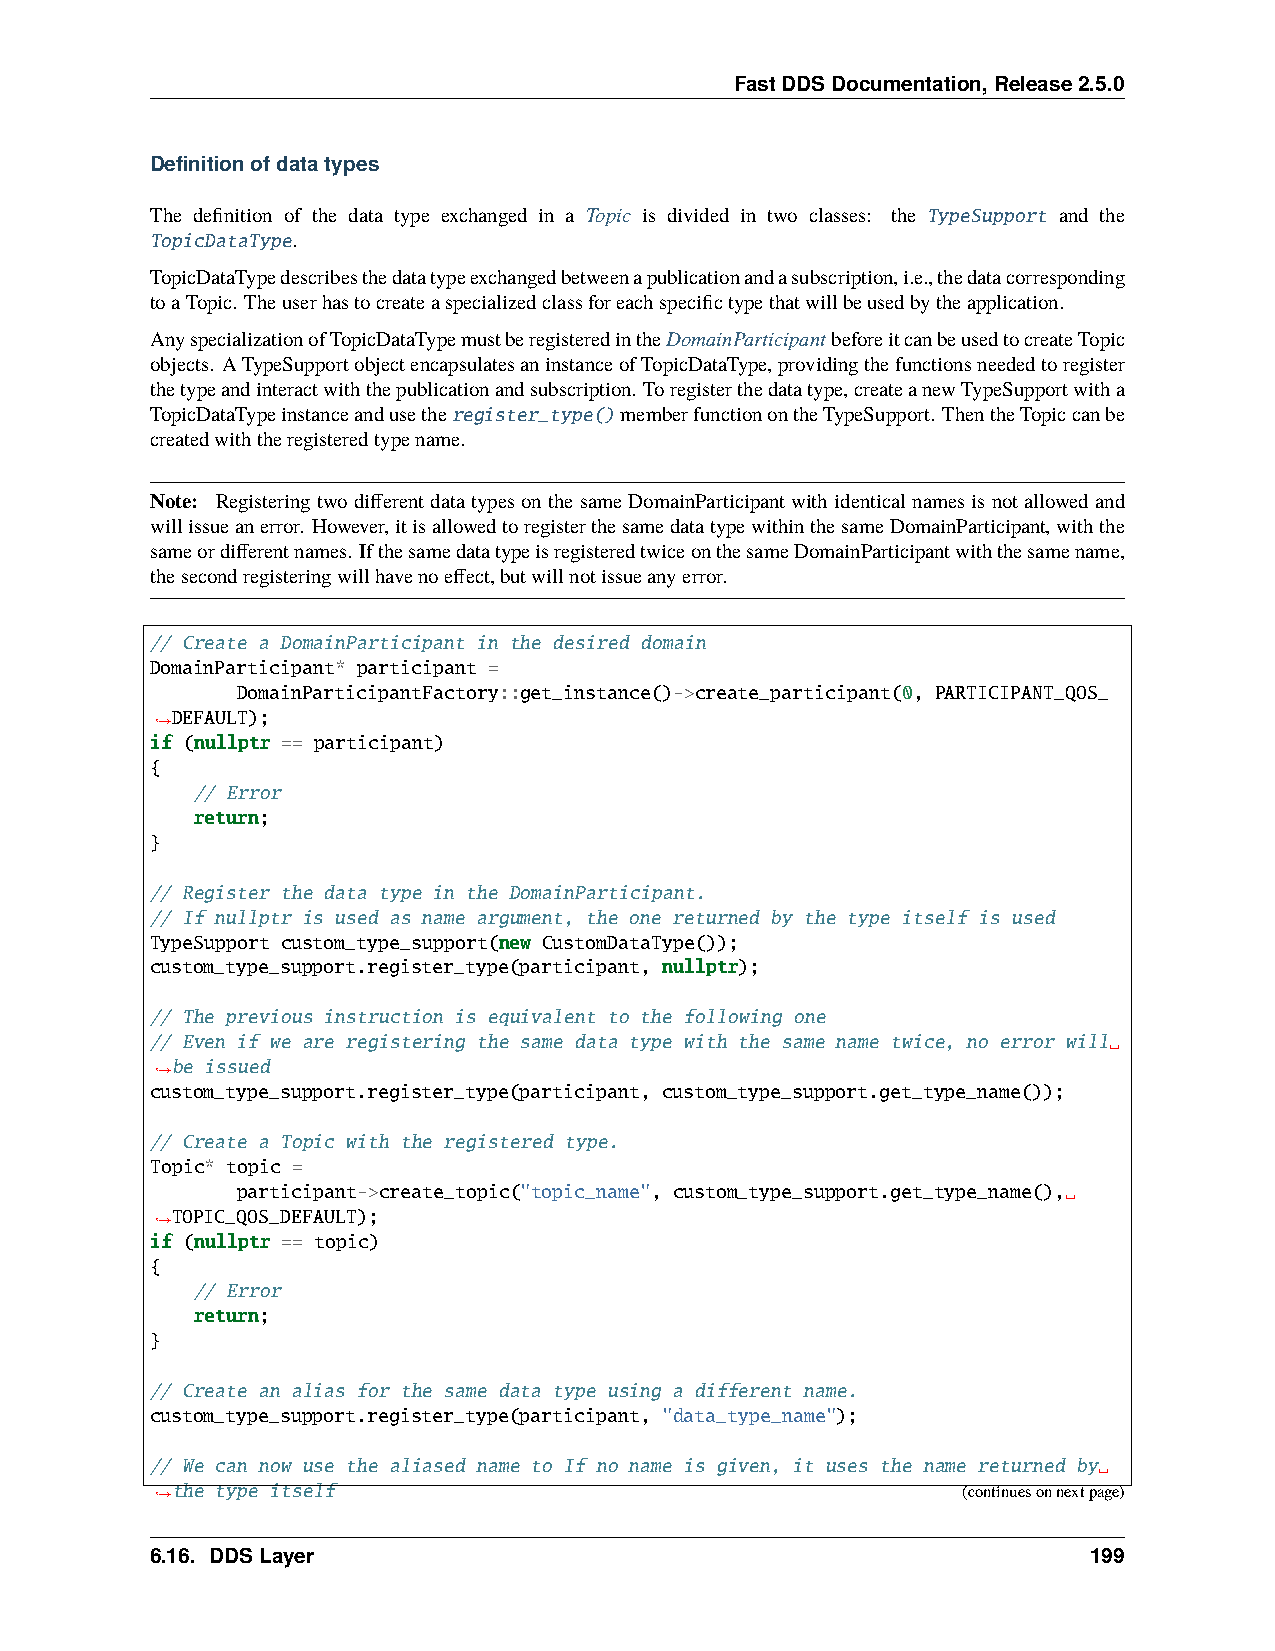
FastDDSDocumentation,Release2.5.0
 Definitionofdatatypes
 The definition of the data type exchanged in a Topic is divided in two classes: the TypeSupport and the
 TopicDataType.
 TopicDataTypedescribesthedatatypeexchangedbetweenapublicationandasubscription,i.e.,thedatacorresponding
 toaTopic. Theuserhastocreateaspecializedclassforeachspecifictypethatwillbeusedbytheapplication.
 AnyspecializationofTopicDataTypemustberegisteredintheDomainParticipantbeforeitcanbeusedtocreateTopic
 objects. ATypeSupportobjectencapsulatesaninstanceofTopicDataType,providingthefunctionsneededtoregister
 thetypeandinteractwiththepublicationandsubscription. Toregisterthedatatype,createanewTypeSupportwitha
 TopicDataTypeinstanceandusetheregister_type()memberfunctionontheTypeSupport. ThentheTopiccanbe
 createdwiththeregisteredtypename.
 Note: RegisteringtwodifferentdatatypesonthesameDomainParticipantwithidenticalnamesisnotallowedand
 willissueanerror. However,itisallowedtoregisterthesamedatatypewithinthesameDomainParticipant,withthe
 sameordifferentnames. IfthesamedatatypeisregisteredtwiceonthesameDomainParticipantwiththesamename,
 thesecondregisteringwillhavenoeffect,butwillnotissueanyerror.
 // Create a DomainParticipant in the desired domain
 DomainParticipant* participant =
 DomainParticipantFactory::get_instance()->create_participant(0, PARTICIPANT_QOS_
 DEFAULT);
 ˓→
 if (nullptr == participant)
 {
 // Error
 return;
 }
 // Register the data type in the DomainParticipant.
 // If nullptr is used as name argument, the one returned by the type itself is used
 TypeSupport custom_type_support(new CustomDataType());
 custom_type_support.register_type(participant, nullptr);
 // The previous instruction is equivalent to the following one
 // Even if we are registering the same data type with the same name twice, no error will␣
 be issued
 ˓→
 custom_type_support.register_type(participant, custom_type_support.get_type_name());
 // Create a Topic with the registered type.
 Topic* topic =
 participant->create_topic("topic_name", custom_type_support.get_type_name(),␣
 TOPIC_QOS_DEFAULT);
 ˓→
 if (nullptr == topic)
 {
 // Error
 return;
 }
 // Create an alias for the same data type using a different name.
 custom_type_support.register_type(participant, "data_type_name");
 // We can now use the aliased name to If no name is given, it uses the name returned by␣
 the type itself                                      (continuesonnextpage)
 ˓→
 6.16. DDSLayer                                                199